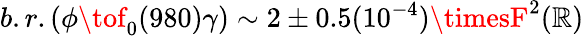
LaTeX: b.r.(\phi\tof_{0}(980)\gamma)\sim2\pm0.5(10^{-4})\timesF^{2}(\mathbb{R})